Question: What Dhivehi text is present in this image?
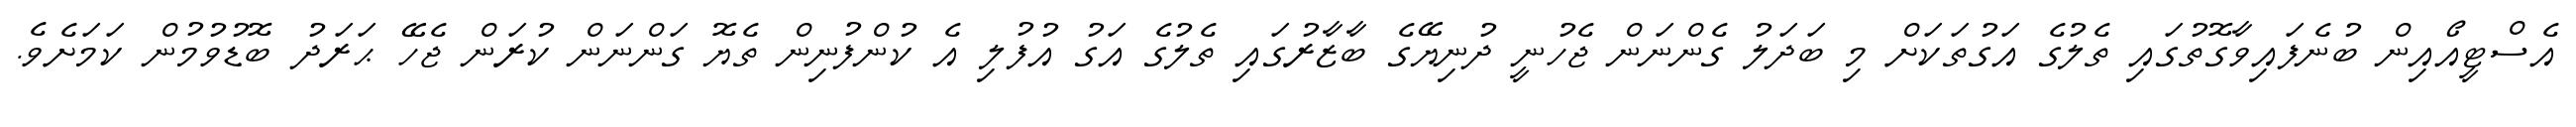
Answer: އެސްޓީއޯއިން ބުނެފައިވާގޮތުގައި ތެލުގެ އަގުތަކަށް މި ބަދަލު ގެންނަން ޖެހުނީ ދުނިޔޭގެ ބާޒާރުގައި ތެލުގެ އަގު އުފުލި އެ ކުންފުނިން ތެޔޮ ގަންނަން ކުރަން ޖެހޭ ޙަރަދު ބޮޑުވުމުން ކަމަށެވެ.